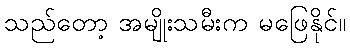
သည်တော့ အမျိုးသမီးက မဖြေနိုင်။